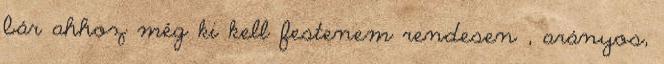
bár ahhoz még ki kell festenem rendesen , arányos,